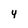
Character: 4